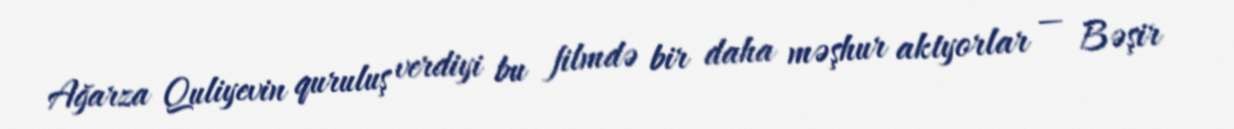
Ağarza Quliyevin quruluş verdiyi bu filmdə bir daha məşhur aktyorlar — Bəşir